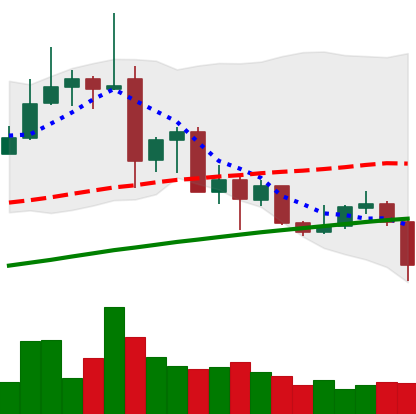
Ticker: ADA-USD
Chart end date: 2019-07-10
Forward return: -17.241%
Label: down_7plus